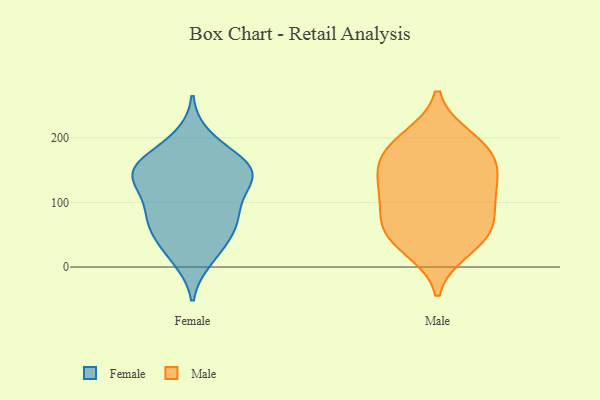
{"axis": {"x": "Latency (ms)", "y": "Value"}, "legend": ["Female", "Male"], "data": [{"x": "", "y": 130, "type": "Female"}, {"x": "", "y": 136, "type": "Female"}, {"x": "", "y": 56, "type": "Female"}, {"x": "", "y": 175, "type": "Female"}, {"x": "", "y": 140, "type": "Female"}, {"x": "", "y": 71, "type": "Female"}, {"x": "", "y": 154, "type": "Female"}, {"x": "", "y": 79, "type": "Female"}, {"x": "", "y": 88, "type": "Female"}, {"x": "", "y": 149, "type": "Female"}, {"x": "", "y": 156, "type": "Female"}, {"x": "", "y": 200, "type": "Female"}, {"x": "", "y": 156, "type": "Female"}, {"x": "", "y": 125, "type": "Female"}, {"x": "", "y": 45, "type": "Female"}, {"x": "", "y": 22, "type": "Female"}, {"x": "", "y": 81, "type": "Female"}, {"x": "", "y": 13, "type": "Female"}, {"x": "", "y": 62, "type": "Male"}, {"x": "", "y": 133, "type": "Male"}, {"x": "", "y": 99, "type": "Male"}, {"x": "", "y": 65, "type": "Male"}, {"x": "", "y": 39, "type": "Male"}, {"x": "", "y": 160, "type": "Male"}, {"x": "", "y": 117, "type": "Male"}, {"x": "", "y": 199, "type": "Male"}, {"x": "", "y": 120, "type": "Male"}, {"x": "", "y": 166, "type": "Male"}, {"x": "", "y": 60, "type": "Male"}, {"x": "", "y": 194, "type": "Male"}, {"x": "", "y": 28, "type": "Male"}, {"x": "", "y": 173, "type": "Male"}]}